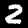
Label: 2